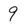
Character: 9